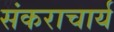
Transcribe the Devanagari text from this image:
संकराचार्य